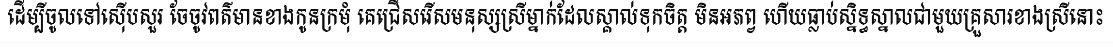
ដើម្បីចូលទៅស៊ើបសួរ ចែចូវពត៌មានខាងកូនក្រមុំ គេជ្រើសរើសមនុស្សស្រីម្នាក់ដែលស្គាល់ទុកចិត្ត មិនអភព្វ ហើយធ្លាប់ស្និទ្ធស្នាលជាមួយគ្រួសារខាងស្រីនោះ